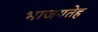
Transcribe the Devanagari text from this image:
भाजयतेह